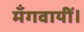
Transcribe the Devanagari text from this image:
मँगवायीं।